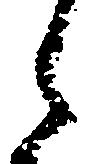
之